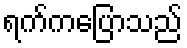
ရက်ကပြောသည်